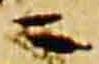
ニ